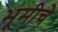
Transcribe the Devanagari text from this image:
भूमीचे